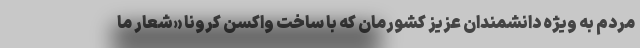
مردم به ویژه دانشمندان عزیز کشورمان که با ساخت واکسن کرونا «شعار ما